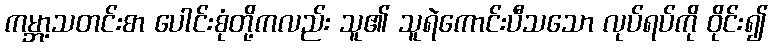
ကမ္ဘာ့သတင်းစာ ပေါင်းစုံတို့ကလည်း သူ၏ သူရဲကောင်းပီသသော လုပ်ရပ်ကို ဝိုင်း၍